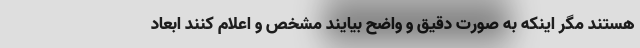
هستند مگر اینکه به صورت دقیق و واضح بیایند مشخص و اعلام کنند ابعاد